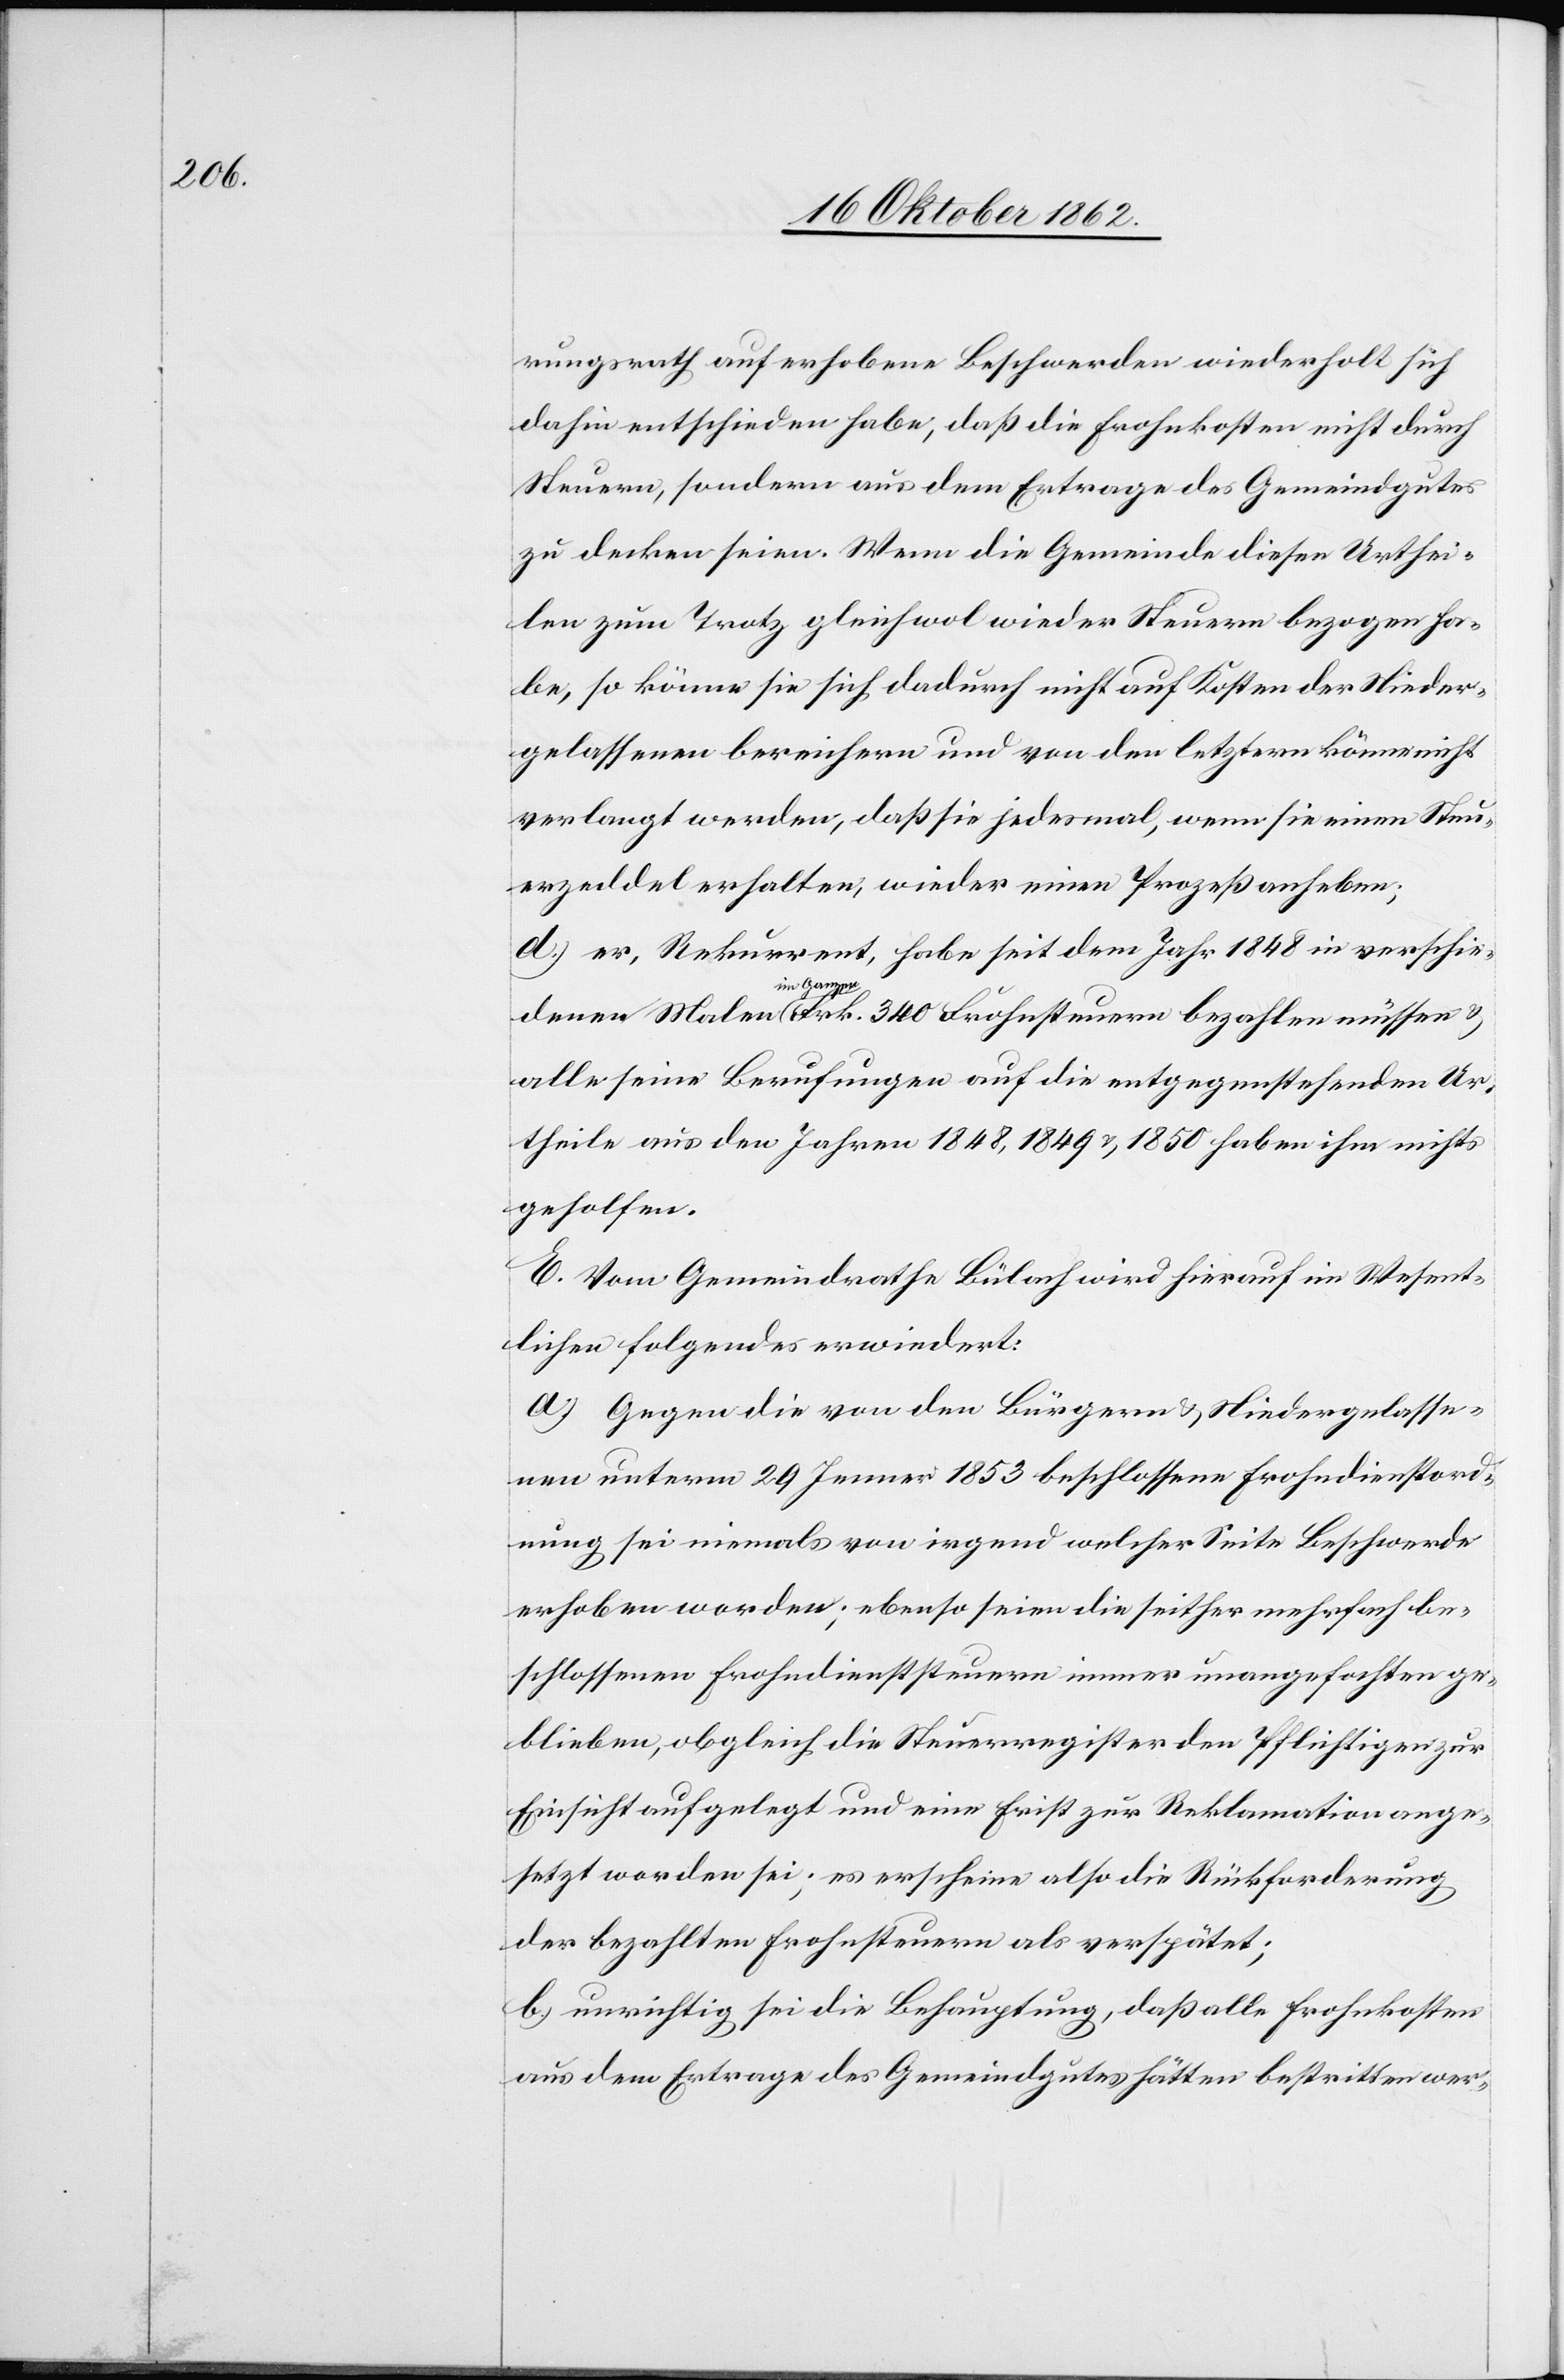
340

rungsrath auf erhobene Beschwerde wiederholt sich
dahin entschieden habe, daß die Frohnkosten nicht durch
Steuern, sondern aus dem Ertrage des Gemeindgutes
zu decken seien. Wenn die Gemeinde diesen Urthei¬
len zum Trotz gleichwol wieder Steuern bezogen ha¬
be, so könne sie sich dadurch nicht auf Kosten der Nieder¬
gelassenen bereichern und von den letztern könne nicht
verlangt werden, daß sie jedesmal, wenn sie einen Steu¬
erzeddel erhalten, wieder einen Prozeß anheben;
d. er, Rekurrent, habe seit dem Jahr 1848 in verschie¬
müssen
im
alles seine Berufungen auf die entgegenstehenden Ur¬
theile aus den Jahren 1848, 1849 u. 1850 haben ihm nichts
geholfen.
E. Vom Gemeindrathe Bülach wird hierauf im Wesent¬
lichen folgendes erwiedert:
a. Gegen die von den Bürgern u. Niedergelasse¬
nen unterm 29. Jenner 1853 beschlossene Frohndienstord¬
nung sei niemals von irgend welcher Seite Beschwerde
erhoben worden, ebenso seien die seither mehrfach be¬
schlossenen Frohndienststeuern immer unangefochten ge¬
blieben, obgleich die Steuerregister den Pflichtigen zur
Einsicht aufgelegt und eine Frist zur Reklamation ange¬
setzt worden sei; es erscheine also die Rückforderung
der bezahlten Frohnsteuern als verspätet;
b. unrichtig sei die Behauptung, daß alles Frohnkosten
aus dem Ertrage des Gemeindgutes hätten bestritten wer-